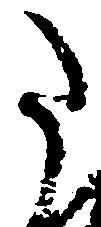
た